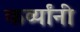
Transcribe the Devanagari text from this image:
कर्व्यांनी